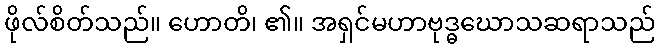
ဖိုလ်စိတ်သည်။ ဟောတိ၊ ၏။ အရှင်မဟာဗုဒ္ဓဃောသဆရာသည်